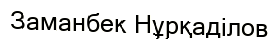
Заманбек Нұрқаділов